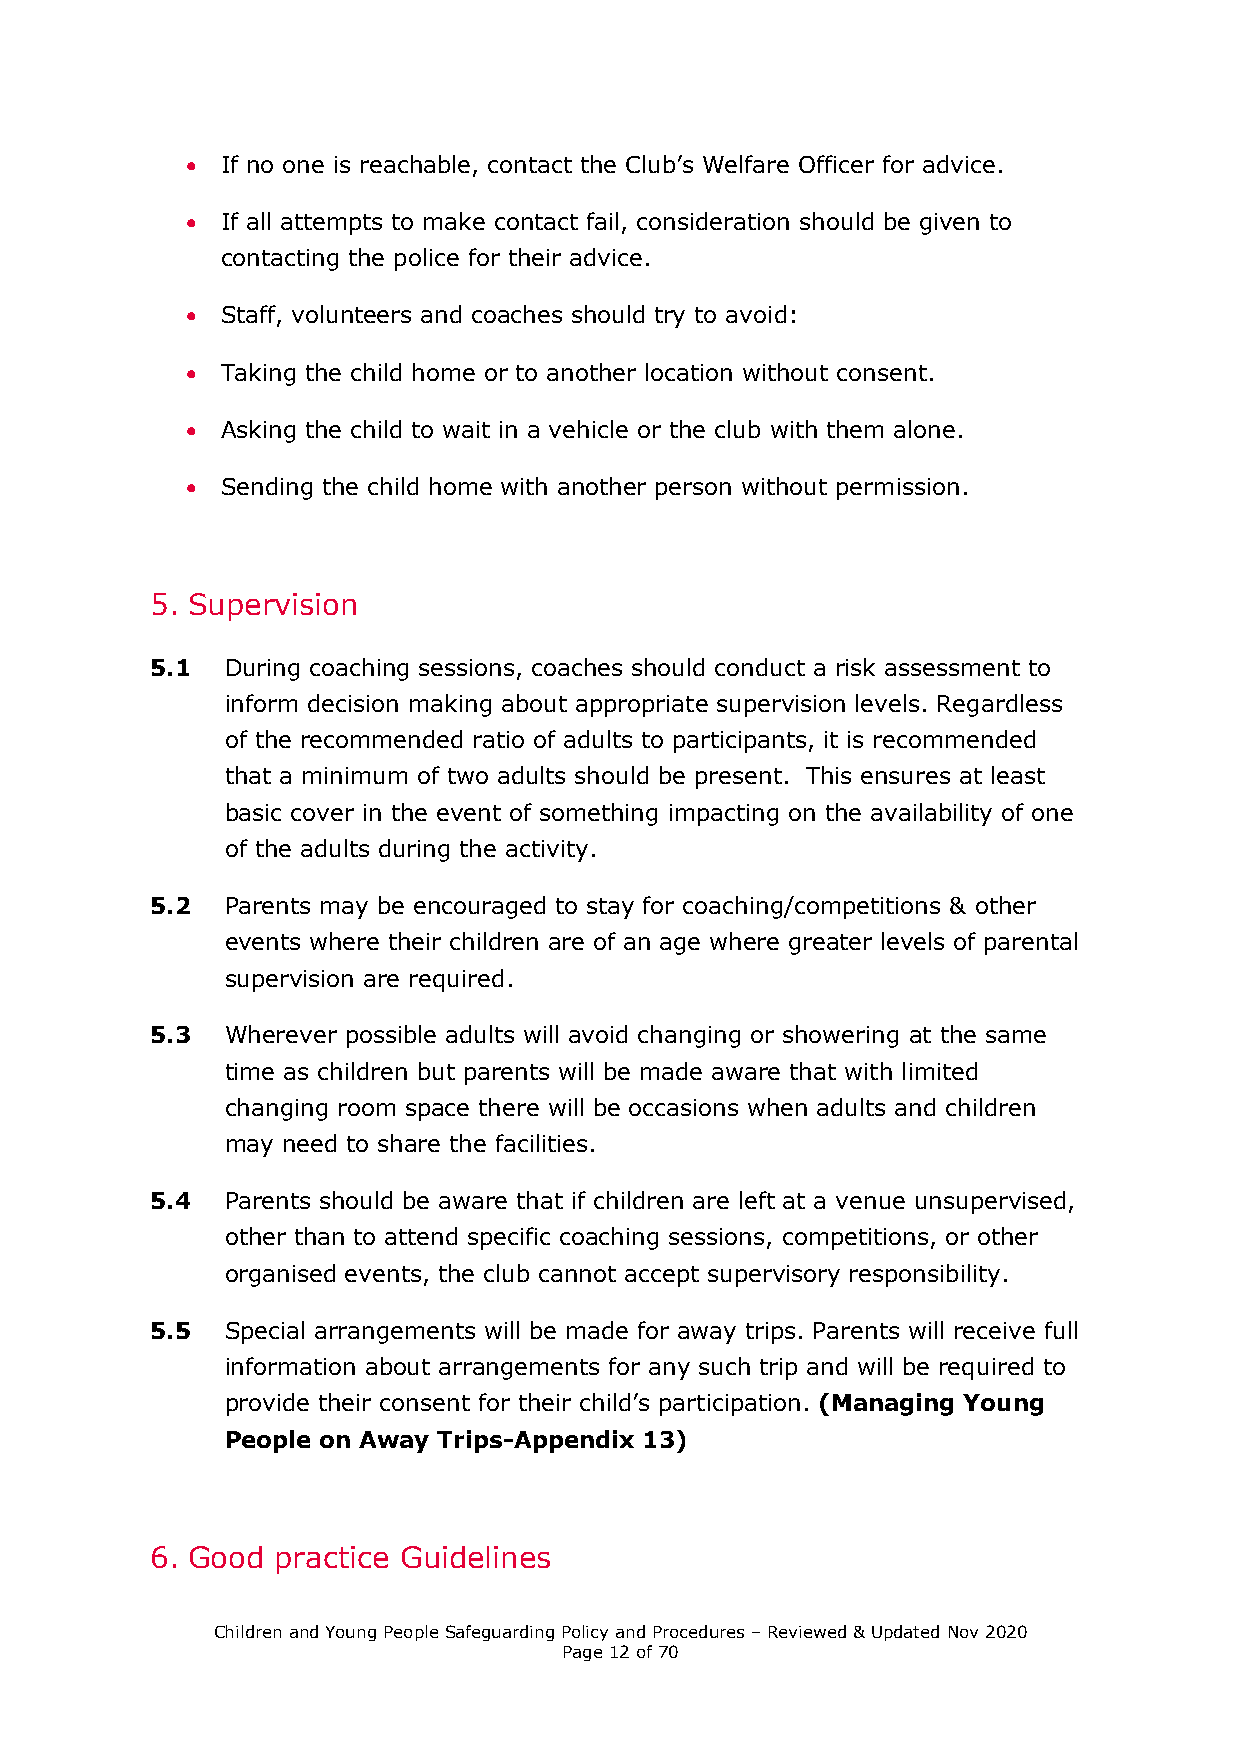
  If no one is reachable, contact the Club’s Welfare Officer for advice.
   If all attempts to make contact fail, consideration should be given to
 contacting the police for their advice.
   Staff, volunteers and coaches should try to avoid:
   Taking the child home or to another location without consent.
   Asking the child to wait in a vehicle or the club with them alone.
   Sending the child home with another person without permission.
 5. Supervision
 5.1  During coaching sessions, coaches should conduct a risk assessment to
 inform decision making about appropriate supervision levels. Regardless
 of the recommended ratio of adults to participants, it is recommended
 that a minimum of two adults should be present. This ensures at least
 basic cover in the event of something impacting on the availability of one
 of the adults during the activity.
 5.2  Parents may be encouraged to stay for coaching/competitions & other
 events where their children are of an age where greater levels of parental
 supervision are required.
 5.3  Wherever possible adults will avoid changing or showering at the same
 time as children but parents will be made aware that with limited
 changing room space there will be occasions when adults and children
 may need to share the facilities.
 5.4  Parents should be aware that if children are left at a venue unsupervised,
 other than to attend specific coaching sessions, competitions, or other
 organised events, the club cannot accept supervisory responsibility.
 5.5  Special arrangements will be made for away trips. Parents will receive full
 information about arrangements for any such trip and will be required to
 provide their consent for their child’s participation. (Managing Young
 People on Away Trips-Appendix 13)
 6. Good practice Guidelines
 Children and Young People Safeguarding Policy and Procedures – Reviewed & Updated Nov 2020
 Page 12 of 70